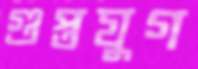
গুপ্তযুগ